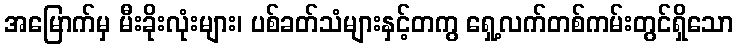
အမြောက်မှ မီးခိုးလုံးများ၊ ပစ်ခတ်သံများနှင့်တကွ ရှေ့လက်တစ်ကမ်းတွင်ရှိသော